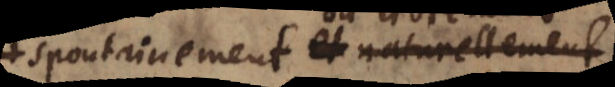
spontainement et naturellement